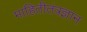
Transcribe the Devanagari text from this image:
माहितीतंत्रज्ञान